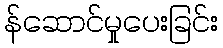
န်ဆောင်မှုပေးခြင်း